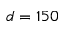
d = 1 5 0